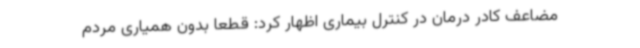
مضاعف کادر درمان در کنترل بیماری اظهار کرد: قطعا بدون همیاری مردم